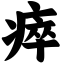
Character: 瘁